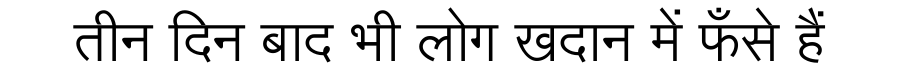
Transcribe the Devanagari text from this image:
तीन दिन बाद भी लोग खदान में फँसे हैं